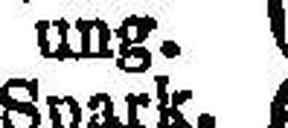
ung.